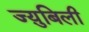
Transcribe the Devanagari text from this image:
ज्य़ुबिली